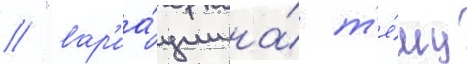
/ "вар'иа́ции на́ т'е́му